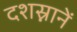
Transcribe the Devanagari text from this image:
दशस्नानें